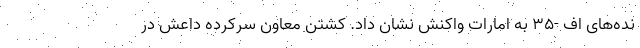
نده‌های اف -35 به امارات واکنش نشان داد. کشتن معاون سرکرده داعش در